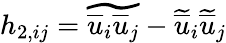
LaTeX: h_{2,ij}=\widetilde{\overline{{u}}_{i}\overline{{u}}_{j}}-\widetilde{\overline{{u}}}_{i}\widetilde{\overline{{u}}}_{j}